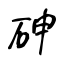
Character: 砷